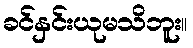
ခင်နှင်းယုမသိဘူး။